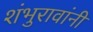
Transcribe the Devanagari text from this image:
शंभुरावांनी